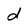
Character: d